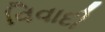
વિવાદી